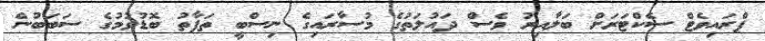
ޕްރައިވެޓް ސެކްޓަރަށް ބަލާއިރު ވެސް ދައުލަތުގެ މުސާރައިގެ ނިސްބީ ތަފާތު ބޮޑުވުމުގެ ސަބަބުން